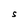
Character: S